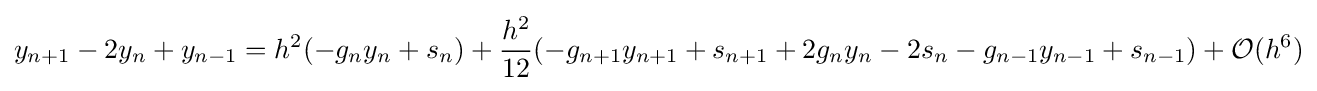
y_{n+1}-2y_{n}+y_{n-1}={h^{2}}(-g_{n}y_{n}+s_{n})+{\frac {h^{2}}{12}}(-g_{n+1}y_{n+1}+s_{n+1}+2g_{n}y_{n}-2s_{n}-g_{n-1}y_{n-1}+s_{n-1})+{\mathcal {O}}(h^{6})